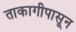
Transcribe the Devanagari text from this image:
ताकागीपासून